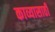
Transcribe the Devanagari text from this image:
काव्यासाठी